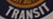
TRANSIT